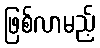
ဖြစ်လာမည့်